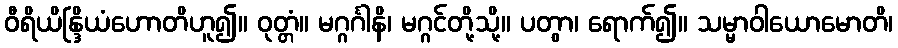
ဝီရိယိန္ဒြိယံဟောတိဟူ၍။ ဝုတ္တံ။ မဂ္ဂင်္ဂါနိ၊ မဂ္ဂင်တို့သို့။ ပတွာ၊ ရောက်၍။ သမ္မာဝါယောမောတိ၊